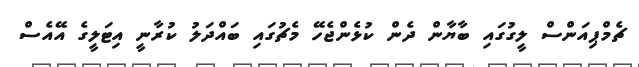
ޗެމްޕިއަންސް ލީގުގައި ބާޔާން ދެން ކުޅެންޖެހޭ މެޗުގައި ބައްދަލު ކުރާނީ އިޓަލީގެ އޭއެސް